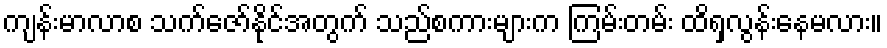
ကျန်းမာလာစ သက်ဇော်နိုင်အတွက် သည်စကားများက ကြမ်းတမ်း ထိရှလွန်းနေမလား။